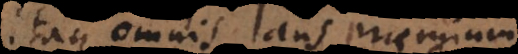
itaque omnis laus praemium